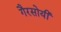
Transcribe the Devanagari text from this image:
गैरसोयी